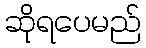
ဆိုရပေမည်